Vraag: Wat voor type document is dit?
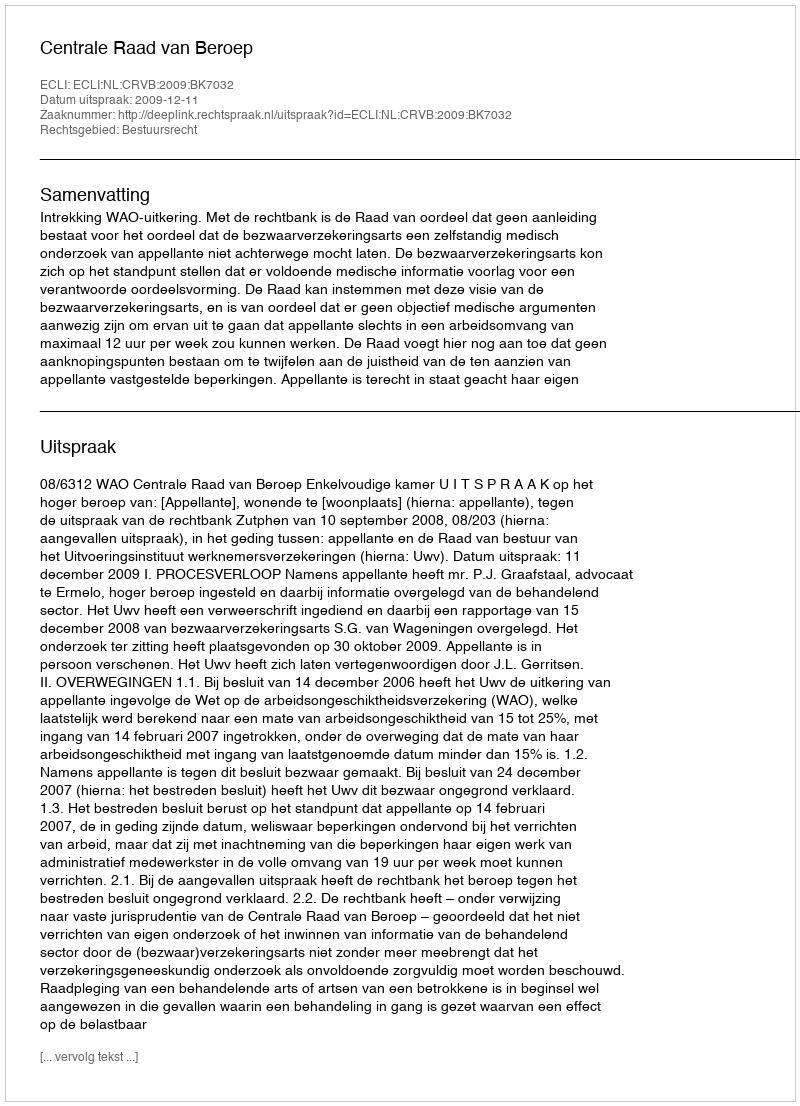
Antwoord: Uitspraak